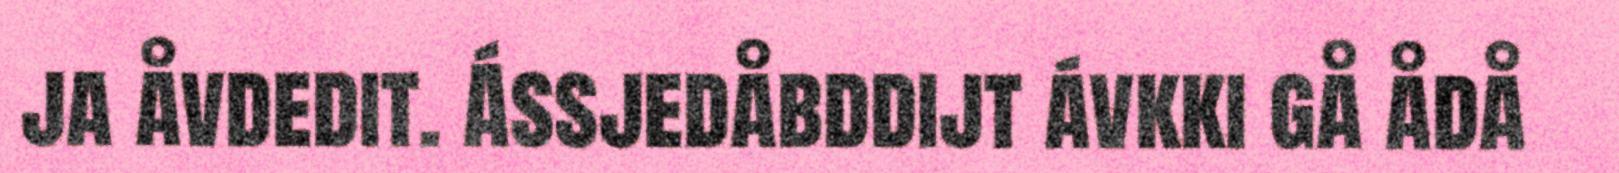
ja åvdedit. Ássjedåbddijt ávkki gå ådå